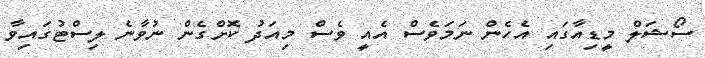
ސޯޝަލް މީޑިއާގައި އެހެން ނަމަވެސް އެއީ ވެސް މިއަދު ކޮށްގެން ނުވާނެ ލިސްޓުގައިވާ